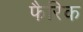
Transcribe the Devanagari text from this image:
फैरिक